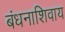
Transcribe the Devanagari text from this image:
बंधनाशिवाय